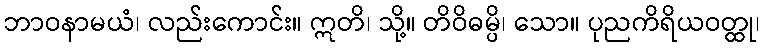
ဘာဝနာမယံ၊ လည်းကောင်း။ ဣတိ၊ သို့။ တိဝိဓမ္ပိ၊ သော။ ပုညကိရိယဝတ္ထု၊